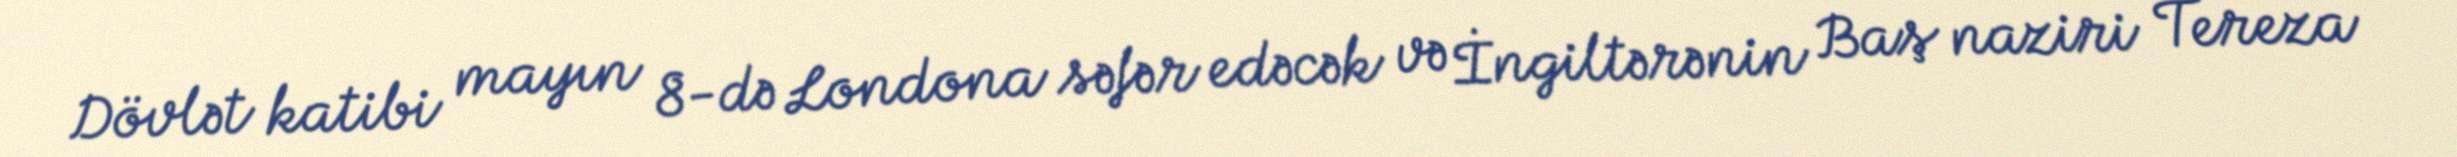
Dövlət katibi mayın 8-də Londona səfər edəcək və İngiltərənin Baş naziri Tereza